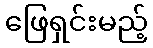
ဖြေရှင်းမည့်